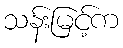
သန်းမြင့်က